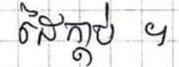
ដៃក្ដាប់ ។